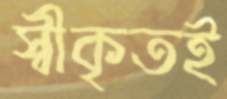
স্বীকৃতই